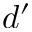
d ^ { \prime }